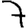
Digit: 7